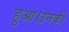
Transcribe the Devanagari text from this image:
हुआ।उनकी